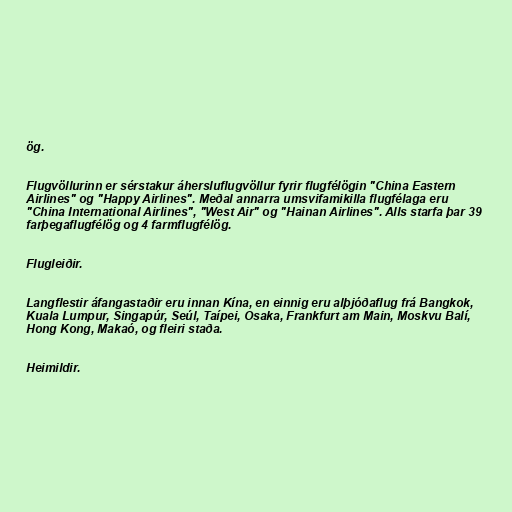
ög.

Flugvöllurinn er sérstakur áhersluflugvöllur fyrir flugfélögin "China Eastern
Airlines" og "Happy Airlines". Meðal annarra umsvifamikilla flugfélaga eru
"China International Airlines", "West Air" og "Hainan Airlines". Alls starfa þar 39
farþegaflugfélög og 4 farmflugfélög.

Flugleiðir.

Langflestir áfangastaðir eru innan Kína, en einnig eru alþjóðaflug frá Bangkok,
Kuala Lumpur, Singapúr, Seúl, Taípei, Osaka, Frankfurt am Main, Moskvu Balí,
Hong Kong, Makaó, og fleiri staða.

Heimildir.